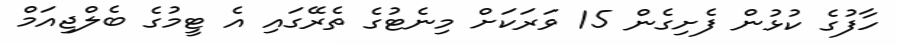
ހާފުގެ ކުޅުން ފެށިގެން 15 ވަރަކަށް މިނެޓުގެ ތެރޭގައި އެ ޓީމުގެ ބެލްޖިއަމް